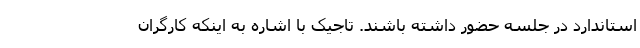
استاندارد در جلسه حضور داشته باشند. تاجیک با اشاره به اینکه کارگران